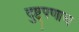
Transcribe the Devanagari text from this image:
दुष्ट्पणाच